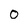
Character: 0